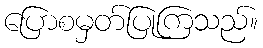
ပြောစမှတ်ပြုကြသည်။